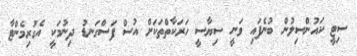
ސިޓީ ކައުންސިލުން ބުނެފައި ވަނީ ސިޔާސީ ހަރަކާތްތަކަށް އުސް ފަސްގަނޑު ދިނުމަކީ އެގުރިމެންޓާ